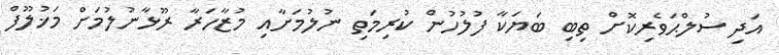
އަދި ސުލްޙަވެރިކޮށް ތިބި ބަޔަކާ ފުލުހުން ކުރިމަތި ނުލުމަށާއި މުޒާހަރާ ރޫޅާނުލުމަށް މަޚުލޫފް